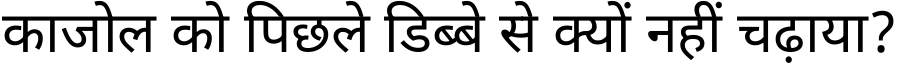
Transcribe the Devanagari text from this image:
काजोल को पिछले डिब्बे से क्यों नहीं चढ़ाया?